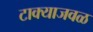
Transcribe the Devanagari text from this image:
टाक्याजवळ